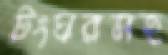
টংঘরসহ